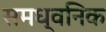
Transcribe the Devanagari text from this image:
समध्वनिक